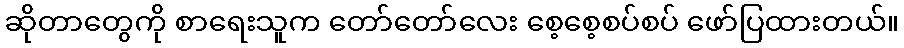
ဆိုတာတွေကို စာရေးသူက တော်တော်လေး စေ့စေ့စပ်စပ် ဖော်ပြထားတယ်။